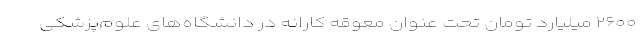
۲۶۰۰ میلیارد تومان تحت عنوان معوقه کارانه در دانشگاه‌های علوم‌پزشکی